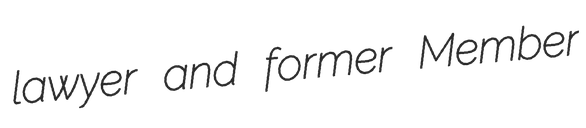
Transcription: lawyer and former Member